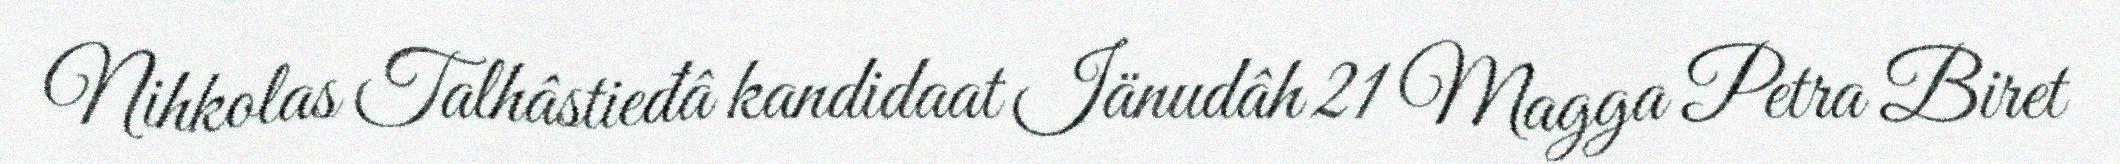
Nihkolas Talhâstieđâ kandidaat Iänudâh 21 Magga Petra Biret